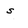
Character: s